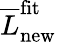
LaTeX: \overline{{L}}_{\mathrm{new}}^{\mathrm{fit}}